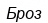
Броз